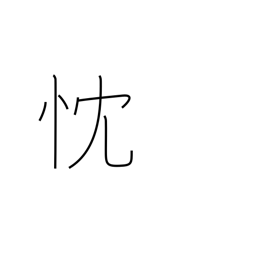
Meaning: sincere